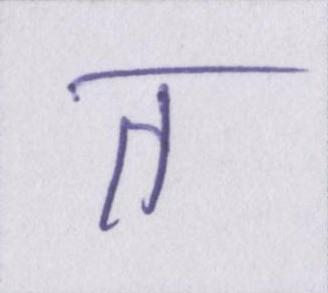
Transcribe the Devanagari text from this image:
त